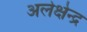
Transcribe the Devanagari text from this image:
अलेक्षेन्द्र